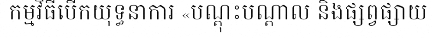
កម្មវិធីបើកយុទ្ធនាការ «បណ្តុះបណ្តាល និងផ្សព្វផ្សាយ